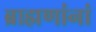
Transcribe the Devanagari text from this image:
ब्राह्मणांनां